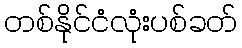
တစ်နိုင်ငံလုံးပစ်ခတ်